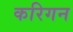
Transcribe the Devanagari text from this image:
करिगन